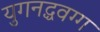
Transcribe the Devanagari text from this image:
युगनद्धवग्ग